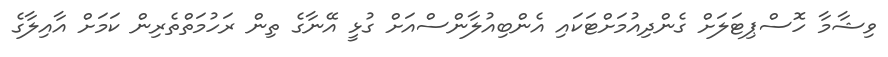
ވިޝާމާ ހޮސްޕިޓަލަށް ގެންދިއުމަށްޓަކައި އެންބިއުލާންސްއަށް ގުޅީ އޭނާގެ ތިން ރަހުމަތްތެރިން ކަމަށް އާއިލާގެ